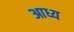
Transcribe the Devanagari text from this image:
आध्य